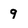
Character: 9